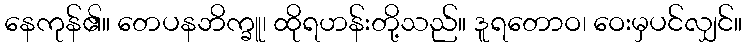
နေကုန်၏။ တေပနဘိက္ခူ၊ ထိုရဟန်းတို့သည်။ ဒူရတောဝ၊ ဝေးမှပင်လျှင်။